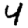
Digit: 4